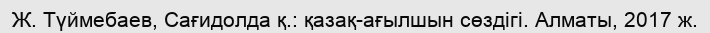
Ж. Түймебаев, Сағидолда қ.: қазақ-ағылшын сөздігі. Алматы, 2017 ж.